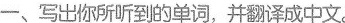
一、写出你所听到的单词，并翻译成中文。